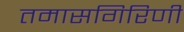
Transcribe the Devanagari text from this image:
तमासगिरिणी